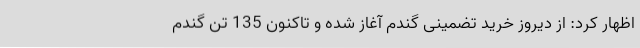
اظهار کرد: از دیروز خرید تضمینی گندم آغاز شده و تاکنون 135 تن گندم